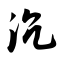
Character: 沉